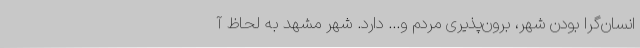
انسان‌گرا بودن شهر، برون‌پذیری مردم و... دارد. شهر مشهد به لحاظ آ